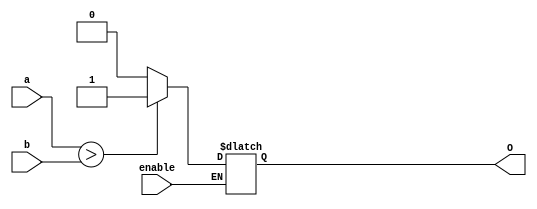
module comparator #(parameter WIDTH = 8) (
	input[WIDTH - 1:0] a,
	input[WIDTH - 1:0] b,
	input enable,
	output reg O);

	always @(*) begin
		if(enable) begin
			O <= (a > b) ? 1'b1 : 1'b0;
		end
	end

endmodule